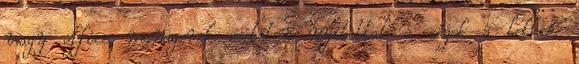
vagy office managerek esetében nyitottak a cégek a lelkes,